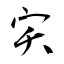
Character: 宎